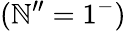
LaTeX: (\mathbb{N}^{\prime\prime}=1^{-})